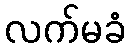
လက်မခံ